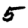
Digit: 5